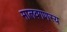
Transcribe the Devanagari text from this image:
मालवगणस्य